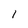
Character: l